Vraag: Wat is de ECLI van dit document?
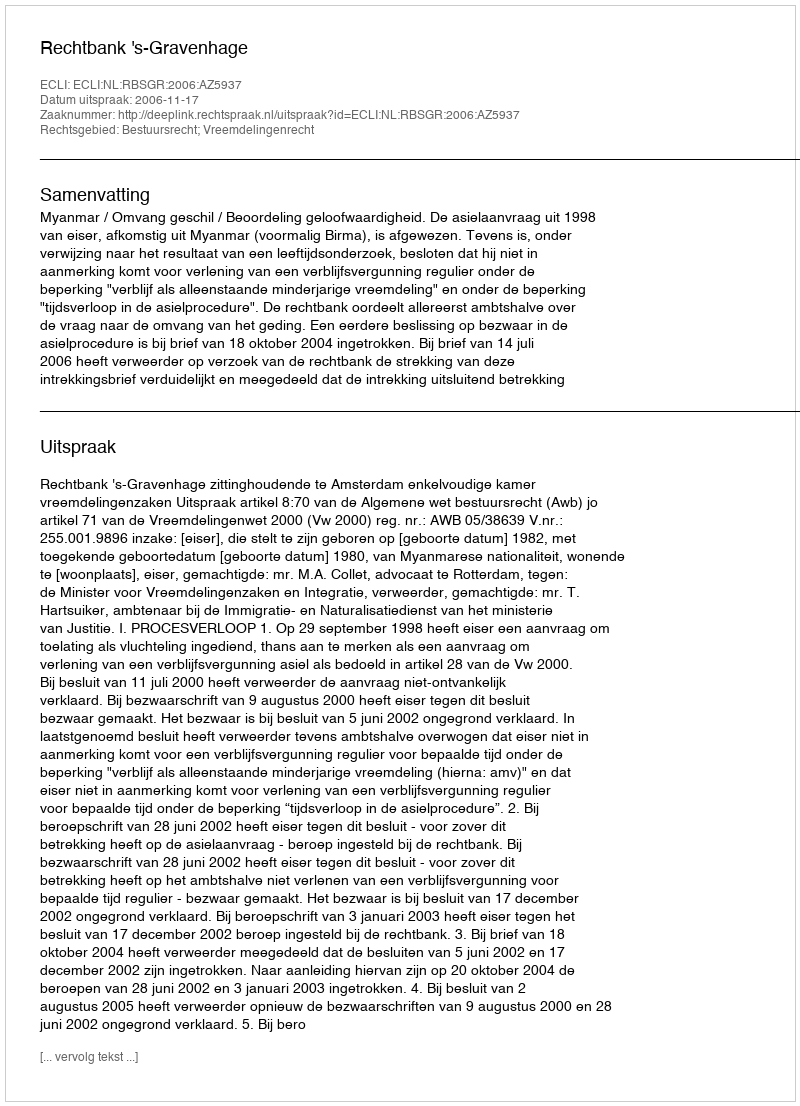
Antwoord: ECLI:NL:RBSGR:2006:AZ5937